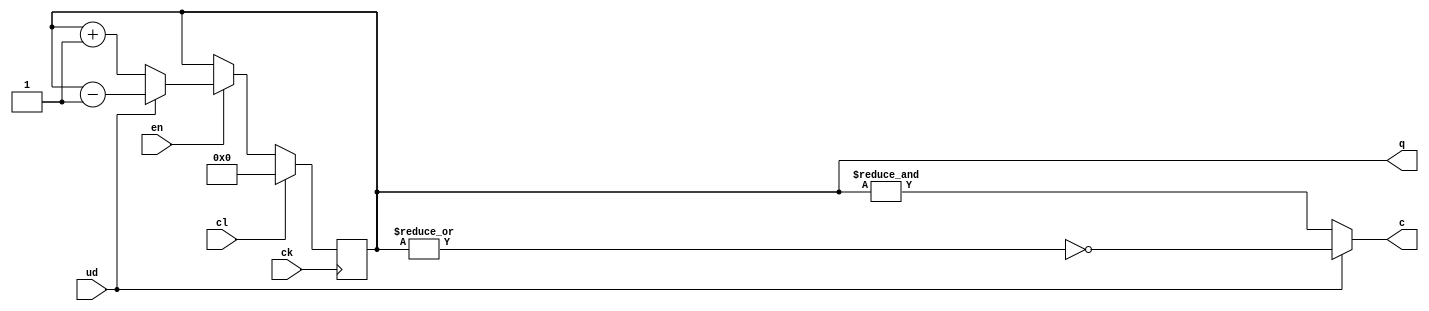
// Diseo:      counter
// Archivo:     counter.v
// Descripcin: Contador reversible
// Autor:       Jorge Juan <jjchico@gmail.com>
// Fecha:       11/06/2010

/*
   Leccin 7-2: Contador reversible

   Los contadores realizan principalmente la funcin de contar: en cada ciclo
   de reloj pasan al estado de cuenta siguiente (contador ascendente) o
   anterior (contador descendente). Los estados de cuenta suelen codificarse
   en binario, aunque existen otras posibilidades: gray, etc.

   Un contador independiente comparte funciones generales de los registros
   como la puesta a cero o la carga de estado de cuenta, por lo que puede
   verse como un tipo particular de registro y su descripcin en Verilog
   es anloga.

   En esta leccin describiremos un contador reversible (puede contar de forma
   ascendente o descendente) con puesta a cero sncrona.
*/

`timescale 1ns / 1ps

//////////////////////////////////////////////////////////////////////////
// Contador reversible                                                  //
//////////////////////////////////////////////////////////////////////////
/*
   Las operaciones en funcin de las entras de control ck, en y ud son:

      cl  en  ud    operacin
    --------------------------
      1   x   x      Puesta a cero sncrona
      0   0   x      Inhibicin
      0   1   0      Cuenta ascendente
      0   1   1      Cuenta descendente

   Por otro lado, dispone de las siguientes entradas y salidas:
       ck: seal de reloj
       c: fin de cuenta. Activa en ltimo estado de cuenta.
 */

module counter #(
    // Anchura del contador
    /* La anchura del contador est parametrizada con 8 bits por defecto */
    parameter W = 8
    )(
    input wire ck,          // reloj
    input wire cl,          // puesta a cero
    input wire en,          // habilitacin
    input wire ud,          // cuenta hacia arriba (0) o abajo (1)
    output wire [W-1:0] q,  // estado de cuenta
    output reg c            // seal de fin de cuenta
    );

    /* Definimos una seal interna para el estado del contador */
    reg [W-1:0] count;

    // Proceso de control del estado del contador
    always @(posedge ck) begin
        if (cl)             // puesta a cero
            count <= 0;
        else if (en)
            if (ud == 0)    // cuenta ascendente
                count = count + 1;
            else            // cuenta descendente
                count = count - 1;
    end

    // Proceso de clculo de la seal de fin de cuenta
    /* La seal se activar para 2^W-1 si la cuenta es ascendente y para
     * 0 si la cuenta es descendente */
    always @* begin
        if (ud == 0)
            c = &count;     /* todos los bits de 'count' a '1' */
        else
            c = ~(|count);  /* todos los bits de 'count' a '0' */
    end

    /* Asignamos el estado del contador a la salida */
    assign q = count;

endmodule // counter

/*
   (contina en counter_tb.v)
*/